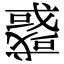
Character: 𢨋